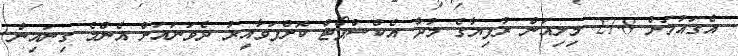
އެގައުމަށް 27.8 މިލިއަން ރުފިޔާގެ މުދާ އެކްސްޕޯޓް ކޮށްފަވާއިރު ދެވަނައަށް އެންމެ ގިނައިން